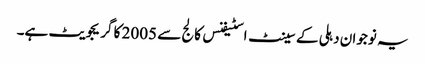
یہ نوجوان دہلی کے سینٹ اسٹیفنس کالج سے 2005 کا گریجویٹ ہے۔